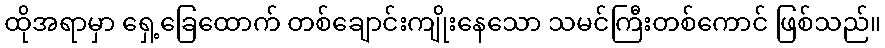
ထိုအရာမှာ ရှေ့ခြေထောက် တစ်ချောင်းကျိုးနေသော သမင်ကြီးတစ်ကောင် ဖြစ်သည်။